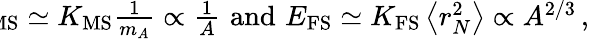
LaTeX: \begin{array}{r}{\! \! \! \! \! \! \! E_{\mathrm{MS}}\simeq K_{\mathrm{MS}}\frac{1}{m_{A}}\propto\frac{1}{A}\, \, \mathrm{and}\, \, E_{\mathrm{FS}}\simeq K_{\mathrm{FS}}\left<r_{N}^{2}\right>\propto A^{2/3}\, ,}\end{array}